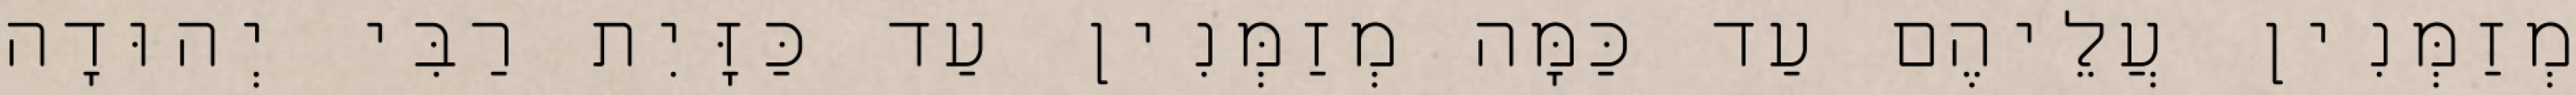
מְזַמְּנִין עֲלֵיהֶם עַד כַּמָּה מְזַמְּנִין עַד כַּזָּיִת רַבִּי יְהוּדָה